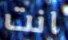
انت